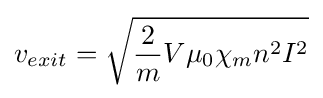
v_{exit}={\sqrt {{\frac {2}{m}}{V\mu _{0}\chi _{m}n^{2}I^{2}}}}